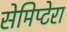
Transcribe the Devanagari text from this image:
सेमिप्टेरा